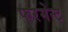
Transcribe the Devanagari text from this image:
फरमेन्ट